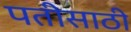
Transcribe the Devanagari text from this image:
पतीसाठी